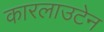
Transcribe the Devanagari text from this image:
कारलाउटेन